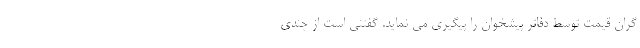
گران قیمت توسط دفاتر پیشخوان را پیگیری می نماید. گفتنی است از چندی